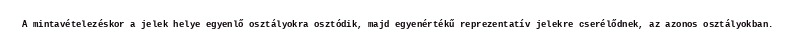
A mintavételezéskor a jelek helye egyenlő osztályokra osztódik, majd egyenértékű reprezentatív jelekre cserélődnek, az azonos osztályokban.